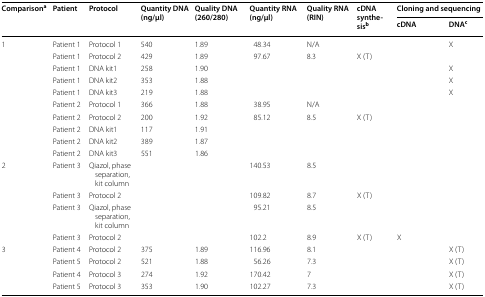
<table><thead><tr><td rowspan="2"><b>Comparison<sup>a</sup></b></td><td rowspan="2"><b>Patient</b></td><td rowspan="2"><b>Protocol</b></td><td rowspan="2"><b>Quantity DNA (ng/μl)</b></td><td rowspan="2"><b>Quality DNA (260/280)</b></td><td rowspan="2"><b>Quantity RNA (ng/μl)</b></td><td rowspan="2"><b>Quality RNA (RIN)</b></td><td rowspan="2"><b>cDNA synthesis<sup>b</sup></b></td><td colspan="2"><b>Cloning and sequencing</b></td></tr><tr><td><b>cDNA</b></td><td><b>DNA<sup>c</sup></b></td></tr></thead><tbody><tr><td rowspan="10">1</td><td>Patient 1</td><td>Protocol 1</td><td>540</td><td>1.89</td><td>48.34</td><td>N/A</td><td></td><td></td><td>X</td></tr><tr><td>Patient 1</td><td>Protocol 2</td><td>429</td><td>1.89</td><td>97.67</td><td>8.3</td><td>X (T)</td><td></td><td></td></tr><tr><td>Patient 1</td><td>DNA kit1</td><td>258</td><td>1.90</td><td></td><td></td><td></td><td></td><td>X</td></tr><tr><td>Patient 1</td><td>DNA kit2</td><td>353</td><td>1.88</td><td></td><td></td><td></td><td></td><td>X</td></tr><tr><td>Patient 1</td><td>DNA kit3</td><td>219</td><td>1.88</td><td></td><td></td><td></td><td></td><td>X</td></tr><tr><td>Patient 2</td><td>Protocol 1</td><td>366</td><td>1.88</td><td>38.95</td><td>N/A</td><td></td><td></td><td></td></tr><tr><td>Patient 2</td><td>Protocol 2</td><td>200</td><td>1.92</td><td>85.12</td><td>8.5</td><td>X (T)</td><td></td><td></td></tr><tr><td>Patient 2</td><td>DNA kit1</td><td>117</td><td>1.91</td><td></td><td></td><td></td><td></td><td></td></tr><tr><td>Patient 2</td><td>DNA kit2</td><td>389</td><td>1.87</td><td></td><td></td><td></td><td></td><td></td></tr><tr><td>Patient 2</td><td>DNA kit3</td><td>551</td><td>1.86</td><td></td><td></td><td></td><td></td><td></td></tr><tr><td rowspan="4">2</td><td>Patient 3</td><td>Qiazol, phase separation, kit column</td><td></td><td></td><td>140.53</td><td>8.5</td><td></td><td></td><td></td></tr><tr><td>Patient 3</td><td>Protocol 2</td><td></td><td></td><td>109.82</td><td>8.7</td><td>X (T)</td><td></td><td></td></tr><tr><td>Patient 3</td><td>Qiazol, phase separation, kit column</td><td></td><td></td><td>95.21</td><td>8.5</td><td></td><td></td><td></td></tr><tr><td>Patient 3</td><td>Protocol 2</td><td></td><td></td><td>102.2</td><td>8.9</td><td>X (T)</td><td>X</td><td></td></tr><tr><td rowspan="4">3</td><td>Patient 4</td><td>Protocol 2</td><td>375</td><td>1.89</td><td>116.96</td><td>8.1</td><td></td><td></td><td>X (T)</td></tr><tr><td>Patient 5</td><td>Protocol 2</td><td>521</td><td>1.88</td><td>56.26</td><td>7.3</td><td></td><td></td><td>X (T)</td></tr><tr><td>Patient 4</td><td>Protocol 3</td><td>274</td><td>1.92</td><td>170.42</td><td>7</td><td></td><td></td><td>X (T)</td></tr><tr><td>Patient 5</td><td>Protocol 3</td><td>353</td><td>1.90</td><td>102.27</td><td>7.3</td><td></td><td></td><td>X (T)</td></tr></tbody></table>